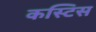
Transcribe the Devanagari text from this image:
कस्टिस